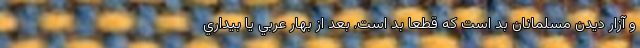
و آزار ديدن مسلمانان بد است که قطعا بد است. بعد از بهار عربي يا بيداري